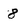
Character: 8